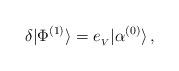
LaTeX: \begin{align*}\delta|\Phi^{(1)}\rangle=e_{_V}|\alpha^{(0)}\rangle\,,\end{align*}